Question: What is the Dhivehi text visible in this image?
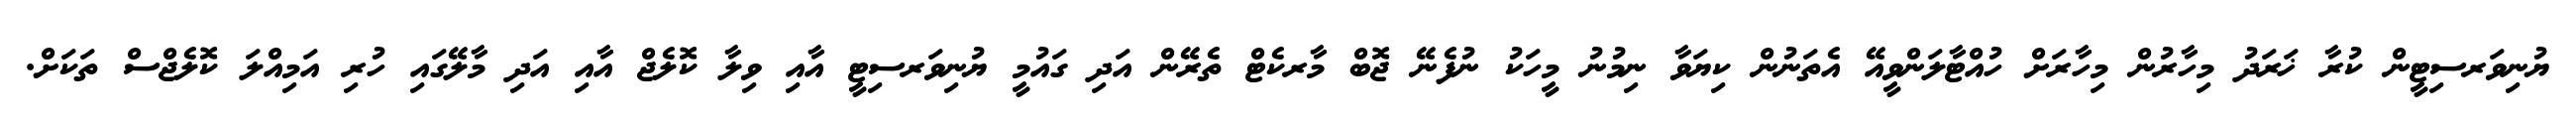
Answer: ޔުނިވަރސިޓީން ކުރާ ޚަރަދު މިހާރުން މިހާރަށް ހުއްޓާލަންވީއޭ އެތަނުން ކިޔަވާ ނިމުނު މީހަކު ނުފެނޭ ޖޮބް މާރކެޓް ތެރޭން އަދި ގައުމީ ޔުނިވަރސިޓީ އާއި ވިލާ ކޮލެޖް އާއި އަދި މާލޭގައި ހުރި އަމިއްލަ ކޮލެޖްސް ތަކަށް.